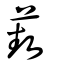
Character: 藝